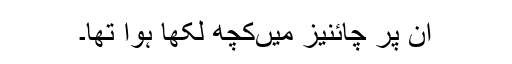
ان پر چائنیز میں‌کچھ لکھا ہوا تھا۔